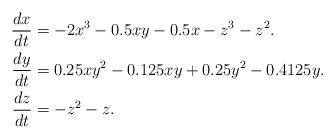
LaTeX: \begin{align*}\frac{dx}{dt} &=-2x^3-0.5xy-0.5x-z^3-z^2.\\\frac{dy}{dt} & =0.25xy^2-0.125xy+0.25y^2-0.4125y.\\ \frac{dz}{dt} & =-z^2-z.\\\end{align*}